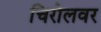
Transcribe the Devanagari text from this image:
चिरोलवर